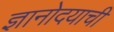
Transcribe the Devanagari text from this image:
ज्ञानोदयाची